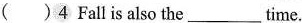
( )4 Fallis also the___time.